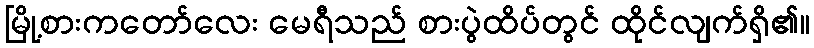
မြို့စားကတော်လေး မေရီသည် စားပွဲထိပ်တွင် ထိုင်လျက်ရှိ၏။